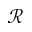
\mathcal { R }